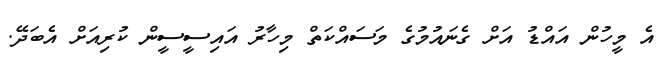
އެ މީހުން އައްޑު އަށް ގެނައުމުގެ މަސައްކަތް މިހާރު އައިސީސީން ކުރިއަށް އެބަދޭ.